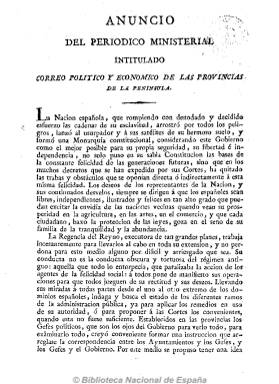
Título: Periódico ministerial intitulado correo político y económico de las provincias de la Península
Colección: Periódicos anteriores a 1850
Ámbito geográfico: Madrid
Lugar de publicación: Madrid
Fechas: 01/01/1814-31/12/1814

Editado por la Regencia de las Españas y estampado en la Imprenta Nacional, de carácter reformista e ilustrado, que lo concibe como instrumento de información y adoctrinamiento jurídico en el establecimiento de los jefes políticos en las provincias y pueblos como nueva institución estatal, al objeto de especificar sus atribuciones funcionariales, y a través de la correspondencia de estos dar cuenta del estado de las provincias con datos y estadísticas de carácter económico, comercial, industrial, sanitario, educativo, artístico, etc. La colección de la Biblioteca Nacional consta del prospecto y cinco números sin seriar que, probablemente, fueron publicados semanalmente durante los meses de abril y mayo de 1814, y que pudo dejar de publicarse tras el regreso de Fernando VII, aunque Hartzenbusch señala que tras su suspensión pudo reaparecer entre junio y agosto de ese año. Entre los números publicados se encuentran los dedicados a Madrid y Extremadura.